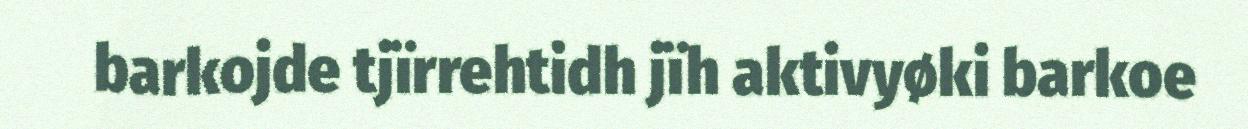
barkojde tjïrrehtidh jïh aktivyøki barkoe